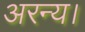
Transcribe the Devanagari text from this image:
अरन्य।